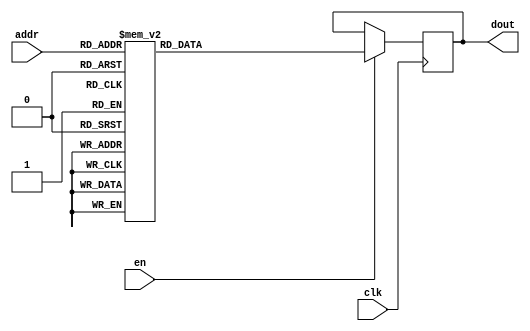
module DC_9_W_ROM_15(
// inputs
clk,
en,
addr,
// outputs
dout
);
localparam ROM_WID = 512;
localparam ROM_DEP = 32;
localparam ROM_ADDR = 5;
// input definition
input clk;
input en;
input [ROM_ADDR-1:0] addr;
// output definition
output [ROM_WID-1:0] dout;
reg [ROM_WID-1:0] data;
always @(posedge clk)
begin
if (en) begin
case(addr)
		5'd0: data <= 512'b11000000100110000011001111110110010101010000101100010101010101011011111000101111010000111100001011110010101101111001010111001010111001000001001010010100100101001010111100010110110010100000010111010010101110110111111101100010011111001101101111010101110010011101100100010001101000110111111101101111000101010010110010000001110110111110101101010110110000010100100111010110101101011001010101110011101101010101011111111001111010111101110010100111111010010111100110100101001111000100100100011101010010001110000111011101;
		5'd1: data <= 512'b10011011101001101100100100010001111010000101101111001010111000100111010000111101001010001001100100000100010110010110000100011100100101010011100110100001110010101010010000001101011011000001101000011011010011101111001011010100101110000000110011111010111010000110011001001000100110010010011100100100100101111110110100000011010000110101100010001000010011010001101100001011000011000001101100101010010010000011111000000110111011010101110001011101111110011010111010010111010010100110010101100000001101110111110001100000;
		5'd2: data <= 512'b10111001101011101110110100101000111011110101111001100011011110100100111001100000110010001110110100001011101101000100101100100101011011101111011001110000000110010010101101101111001111111101111000111001011111001110010101110000111000110010001011000111011100101011001010110100001000011111010100000100110110011010111001101010001101101001011101101111000110001011000110110001100000100111101101010101101110111010001101111010011000000001011110010110101100011010101001001011000001000110010001111100000011110110110111001111;
		5'd3: data <= 512'b01110010011001111111110001010111101001110001110000111100111000111101010110100010001011000011110100000111000010000010011000110100010111101000001111110100100010010000010101001111001111111000110000100000001001001110101110100100111000001010100000011111111111101001101111011111001100000010111100010000000011100001101111101011111000000100010101011110000100000100110111110101000000011011111001011110011010100111100010000000001011110101000111110101110100100111110111100000111001100010010010011101000101110100111001111001;
		5'd4: data <= 512'b00001110110011101100110101100110000100011100101001101001110101111110001010011011010001001110001000001010011111001100101101101101111011100111010110110111001110010101000000110011101011000100111001111101111110110100100010000100011010011000001001000001000011011110001000110000110010000100011100000000010011110111011001111110101101101000000001110000100100101110010010010100000000000111010101010101110101110000001001111011010001111100111011010011111110011110101100101100000111110100001100111110010010111011100111101000;
		5'd5: data <= 512'b11100100001111000101001001111110001111001101011100010101101001011100111100100111110001101011011011101001101000110010011111010111110100111001111110001010110001000011001110000110111110100001110110101001000000011001011101011111010110100101110100011101011110111000100100011010110100011111110011110111101010101001100011000110010101100111111101000110110011011101101001000110001011011111110000100011000011110001011010111111000011110010110110100011010001101001101111010000101010010011101010111100111000011000011011111110;
		5'd6: data <= 512'b01010000110010011010010101110101011111010000001101100000100011110011001100011011000110000111000001001110110110111101010011100000101110111100000000011111001101101000101100010100100001001111101000011011111000001001001000101010101110011110100111110001010111010101100111110111000101001010110001010110011110000110011100000111010000111111111010001011100111001111111100011111101110111100000111001110100011011110101110000100111000110001100101011011001000101000100111010110000001010010001011111001111100111001110100100111;
		5'd7: data <= 512'b01001001100110011100000110011010101101011110001101111001011101100100110101100111000101000000000111001110111011110000001011010000100000010011110111001100101001110100001111110010111000001010101111011110110101101011011111110011001111111001100001101101001010001010010110111000101001101111101111100101001101011100111100000111010011111110000111111010010100100100010110011001011001001101110101010110100100101111111100110111011110010000100111001001111000011110100001111111001001110011010011101000011101000011111101011110;
		5'd8: data <= 512'b10010110110011110100010110100100110010000111011010100010001010100011001000000011101100001000101101101110000011001100011000100101111010000110101000110011001010011110010011110011100111010110111000101101101110111100100000000001111000000000100001000010000101101110010100101011010011100101000001000000000001100011001101111001101110000110000010110001111111111100101001011100100100110001110100010001010010011101101001001000100001000111000100110100111110000001011101101100101101111100011100110110111001001001001100110001;
		5'd9: data <= 512'b11000010001100001001111000011000000011101001000001111111010010111111111111101100010000100010010010001001001000100111100111011110000000111001011011001110100100000001011000001010001000001011011110100010000001101011011111001101100010110001001100101011010111000011101111101101101001000110100110001011101110111000110010000010011001111011010101001110001000001011010110000011001011010111001110110110101100111001010110110010001010101101111001011111000101111010101000000001010100010011100011011011000110111111011010001000;
		5'd10: data <= 512'b00110101110011110110001111100111111110000000101111001110000101010011000000010011100110001001101001100110010011001100011000100101011011000110110100110001111001111111100110010100110111100110100001111001101101010110010000110110011001001100100011110101100000101101110000000011010011110001001001010100100111100010011100111000100110000000001010110000110111111110001001111111111101110000101101101001111010001100100001001001110100100011000100111100111110010111010100011110110111101101001000100111111110111000101100110001;
		5'd11: data <= 512'b11001100000001000000111000011000001110111010100010001101100000011000010011001010110010010111101111011000001100110111111011011111010101100110110001111011111010111101101111100110111111010101111011101000010000000101100000011110100011100110011010010001100001011110000110110000011000100100011011000010101010111101101101101000100111100001001001001000001101110111111110010010001011111110110000010001100101111000110001111111000111000010111101110011110000011010000111011100000110111001100111111110000010010010001111110101;
		5'd12: data <= 512'b00011011111111101111100111011101101001010101111101111111111010111111111101010000101010100101111100001110110010111110001100100110111001100110000111000011010000010110110010011001100010000110111100011001101101011010001111100001011011001011000111011100011111001101100001100111100111001100011100110011011110100111010001111111111000111100000011011110100100101110100111010111110001010011001111010100110010110110111010000000101010100111111111011101011001111110110010100101110001000100101011011000111101100101111010111010;
		5'd13: data <= 512'b01100011110001111010011111111100011001000000101010110100001011111001100001001110010100000100100000010011000000110010010111100001100001001000100001010010111000001011110001011010010100000000000000001111101010100001001110011011011111011110010101010111000101110001010110101111100010110101100011111100000001000110100101111110111110001110101101000010110110000111100101111110111000011001010111101000011111001101000110100011110001100111100010111101001011000011001101010100001001001010001010101101110000001100101000101110;
		5'd14: data <= 512'b10000111011011111100001000000000100010101101010110111111011100001111111111011010010001100100111000110011101010000000001101001111101100110111011010111010011001011001100011101001100011110010011111101000100110110110010111111101111001001011111101101001100001001010100000001111100111100110110011100011100011100010001010111101100101000010000011100101110101100100001011101101110000000011011110110001100100100111111101101011000001111001011001101010110111111111111000011100100100000101110101100100110111010101000000101000;
		5'd15: data <= 512'b10110111000010101111101011001101010110010101010100111011011011001101011001011110010010010000011000111101001011000111111100001111001001011110010010011010101101001110111011001011101111000111001111010110101111101100011011010111110101001011111101101011110111100111110110101010110010110110101100000101100001111011001111110001101110111001010110101100011101110101011100101000010000110001110100111001100100101001111101101011010110101101111000111010111100011011111110010001000000010100010001010100000011000111001001111001;
		5'd16: data <= 512'b10110100001101000101101110110010110010010001101111000001000100110101010111101111001000111010000111100011110100111101111110110000101111100001101000111000100100101011111010101100010010000001010110010011010100110001000001111010110110101111110010010100010010000100110100101001001101011011001110101011000111101010101100001001100000100111010001011000100011011101100011010010001011100011000100100101000101000000010100010011111000011101111001110001101010001110011110111011010110011011101000010100101111010100100101011000;
		5'd17: data <= 512'b00000001111110111011110100000001110101010001001001110110010110101001001100110101001100011100000011000110010100010110011000001110011010001110001111000111001001101100010001101101000011110010001100010011010011000100101010100000000101010001101101100110001110100101101010100001100111100100001111010100010101100000011001011001001001010100001000111101010010011010010001001101100100100001101101010100010100100010111100011100111000010101000010011100011011011001000000100111010111111100011001000000011101110110111101000011;
		5'd18: data <= 512'b11000101010110001100001100011001111100110100111000110110111001100100011010101001000111101001111011100000111010111010001111010010100101011001010110011100011111001010001100110111110001010010011110011011110001000011011110010111110010011001111111011001111011101110100101010000011000111001110111110101011100011110010011000110011011100100101111111000110000010000000111000101001000101100110011000110011010100011011110100110111011010100101001101100010111101100110011010111000101100011100111111101010011010101011001001010;
		5'd19: data <= 512'b00000100111101100010111111110110010101101011101111001000000001110010001100010110111100101000100110001111100101011101000010111011111001000100000101000011100110000110111111010000111001100011111100001100110000111000110000101011010100011110000011010011011011111000011100111010110010101111000010001100010011000011101110011000100010010110010110110000111000000111001101000110101110001101000010001111001001000100110010111100110000111110010010101110001010101001000101010010111101111010111000100010111101000010110110010100;
		5'd20: data <= 512'b10111011011000000011111000111000111011110111111001111110000000100100010010111110001010010010110110111011000100001001000000011001100101101001000001001100000110010010110101100011011110111101110000001000111010111110011001001001100000011010111010010110111110100000011011101001011000111111000110101000010010011100100100101011000000011101010001111001011111010001000101001011000000000011011000001101001111100111000011000010110010000101011110110010000110000000000001011001110011101100100000011011000110000110001001011001;
		5'd21: data <= 512'b00011001010100011010010001100001011111100110010100101100010010011100101001010100010100010111011010011011001001000110110111000011011010001110010101010110011110010101101001100010101111111111001101000101100011000110111001010011011001000010001100100110001101101110011110110111110000101100010011011000010000011001000111100110011111001000101110100011101100100110111010101101010110011101011011001000111110111101101000100000000100101010001110001110010001111001001001000100011000111001110010100010100000100000000011100011;
		5'd22: data <= 512'b11110000110111000001010111111111101001011010000011110100110111010010100011111001100100011011101011000100110101100000110011011000000010000101110100101101011101111100101000000100111100111100010100101110011100001010100101101010110111111000011100100000110010000011100010010100000101010101001111011010111111010100110000010111110011111101101110001111101010011011100100110010001111001110101011110111111001010010010100000101011111010010000111100101010101100000110111101011111010111010101110001011010100000111010110000111;
		5'd23: data <= 512'b01111001011010110110001000100111111111110010010000110110001011011010010010010100010000101110011011111011011001001010010100011110011110011111011100111010111111110011001001100011011010101000001011110000010001000110011001000110000001000000111000111110101100101010011110001011110000011110010011010101010101011111011001100010001101000100100000110010100010011010101001000111110000000001111001000000011110000100100000100110001111000000001110000010000110111001001000000111110010101001111111011011101001111010011100111000;
		5'd24: data <= 512'b11000110000100100110100000010110010011001111000101001011001010110000000110110101001101100000001110010010000101110111100000011100111110101100000000110100000001001000111001100010110100111001101111100111111000011111001001000000000101001010100001010010011101001000010111110011111000111110101010000111000001000101101000000001110000001001011110011100011011010101111111001000101110011001010010110010100001000011111010111100001010111001101100011100100010011000001001010101001011101010001011010010101010101001001100110001;
		5'd25: data <= 512'b11110000111111100010111101010101010010100011100011101100100111010000001110101011111001100101111001111011110011100011011111010100110101001010100000010111010011110011010111011000111001100010110000110111000000101001011110110001100110001111110001001011101010111000001000011101110000111010010010110100001101000110101111000001010000001110001001101001111001110111101001001111111100001000101000110001010011001111111011011101101100000101001001011110010010000101001111010110110100001010101010101010010110110001111000010100;
		5'd26: data <= 512'b00010100111100110011111011110110011110100010001110101001110101011000101111001010111111011111101100001011100001101111110011110001011011100010110001000011011011010100101011010010101100011110110000101111111100011101110100111000111011111110100111000101100111110100100110010110011000001000001001011000100010000110100111111110000111001010011111001010100111110111111010111000111111111100010001001001101101111100101011110001010101110010100111111011111001000111000101101100001100111000100010110110110000000011110010010111;
		5'd27: data <= 512'b00110110111001111010001001110100001100100001100010010100010010110011100000000010011010000001100000000110100101010111000100101010001001010010001101010001111001011110000100011110010111010010100100010100110000000100111110101010011100101111000111011100101100101101011101000000000011110101000110011000010000100001010100111011101010010111110111000001001100100110100001100110110110010010000111101010111010001011110100000000110101110100000011111101111111000110110110000000111001111000101100010001111100100110111000100000;
		5'd28: data <= 512'b01010001111101010101110101101001000011010101110001010100101001100101010010100010101011000101110110000010100000000010010110111010010101000000001111011100110110000111110101000111011111000101001000010000001001001011011101101000111001001001000101010011111101010100101011110101101100101000011100011001010111001110110111101010111011111111000101111000100100000100000101011001010001111110000011001100011010110001110110100110011011110101000011111101001001101110110011001101101001100010010011011100101101000101101101111110;
		5'd29: data <= 512'b10111100011000111110000010100101011010110100000010100011111010011010001101110010111101100111011011011111100100000110101111100011001110111011011001011111011110010011010001101111101111101100100010100001001010000010011001011001001001100110001110001110000101111010010100100110101100011101000111010000010100100100011101011110100001011100000110100111101101001110011001000101100100001010011010000100011011010110100010010110100101000010001110001010010111100001001010000110111000011001110110100011001100010110100011101111;
		5'd30: data <= 512'b00100110010100111110110010001011001111001100010010110011000110001101100111001100010001000110000000010010001000010001101000001111001000111100011000110000101000001100110001100111000011101110100111100110100111000100000111000000101101111011101110111100110101111101100011101111101111000111001011000011110010100000000000111111101110100000110110010110000110100110110110101000010010010011111110110011101000101001100101100010110111101011010111100011101101110111110000101001100001110101010001000101000001001101011010001011;
		5'd31: data <= 512'b00011101111001111000001111100100011001000110011100100110000010100010001110100010101101101001000001110111100010001001010000110000111011010010000111110011111011010100010101010111110011001010111010000100010010010010101010101001111101000111000000001111001111101000011100001011000111110001000110110100000001000010001111110111100101000110000110110001101100100110111001010100100100111000110011100001010110001100110010110001110101110111101110011001011011100100011110100100101001111101111100100111111001000111111100110111;
		endcase
		end
	end
	assign dout = data;
endmodule